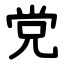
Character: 党